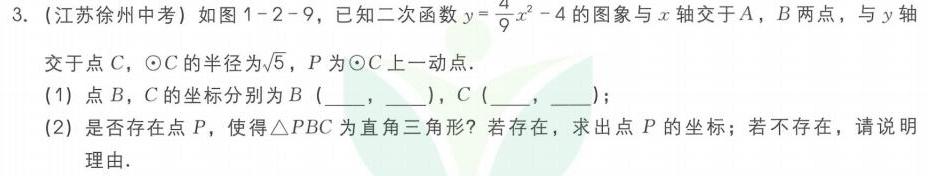
3. (江苏徐州中考) 如图1 - 2 - 9，已知二次函数\(y = \frac{4}{9}x^{2}-4\)的图象与\(x\)轴交于\(A\)，\(B\)两点，与\(y\)轴交于点\(C\)，\(\odot C\)的半径为\(\sqrt{5}\)，\(P\)为\(\odot C\)上一动点.
(1) 点\(B\)，\(C\)的坐标分别为\(B\) (___，___)，\(C\) (___，___)；
(2) 是否存在点\(P\)，使得\(\triangle PBC\)为直角三角形？若存在，求出点\(P\)的坐标；若不存在，请说明理由.